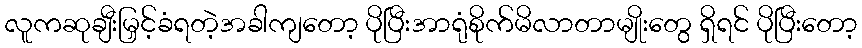
လူကဆုချီးမြှင့်ခံရတဲ့အခါကျတော့ ပိုပြီးအာရုံစိုက်မိလာတာမျိုးတွေ ရှိရင် ပိုပြီးတော့